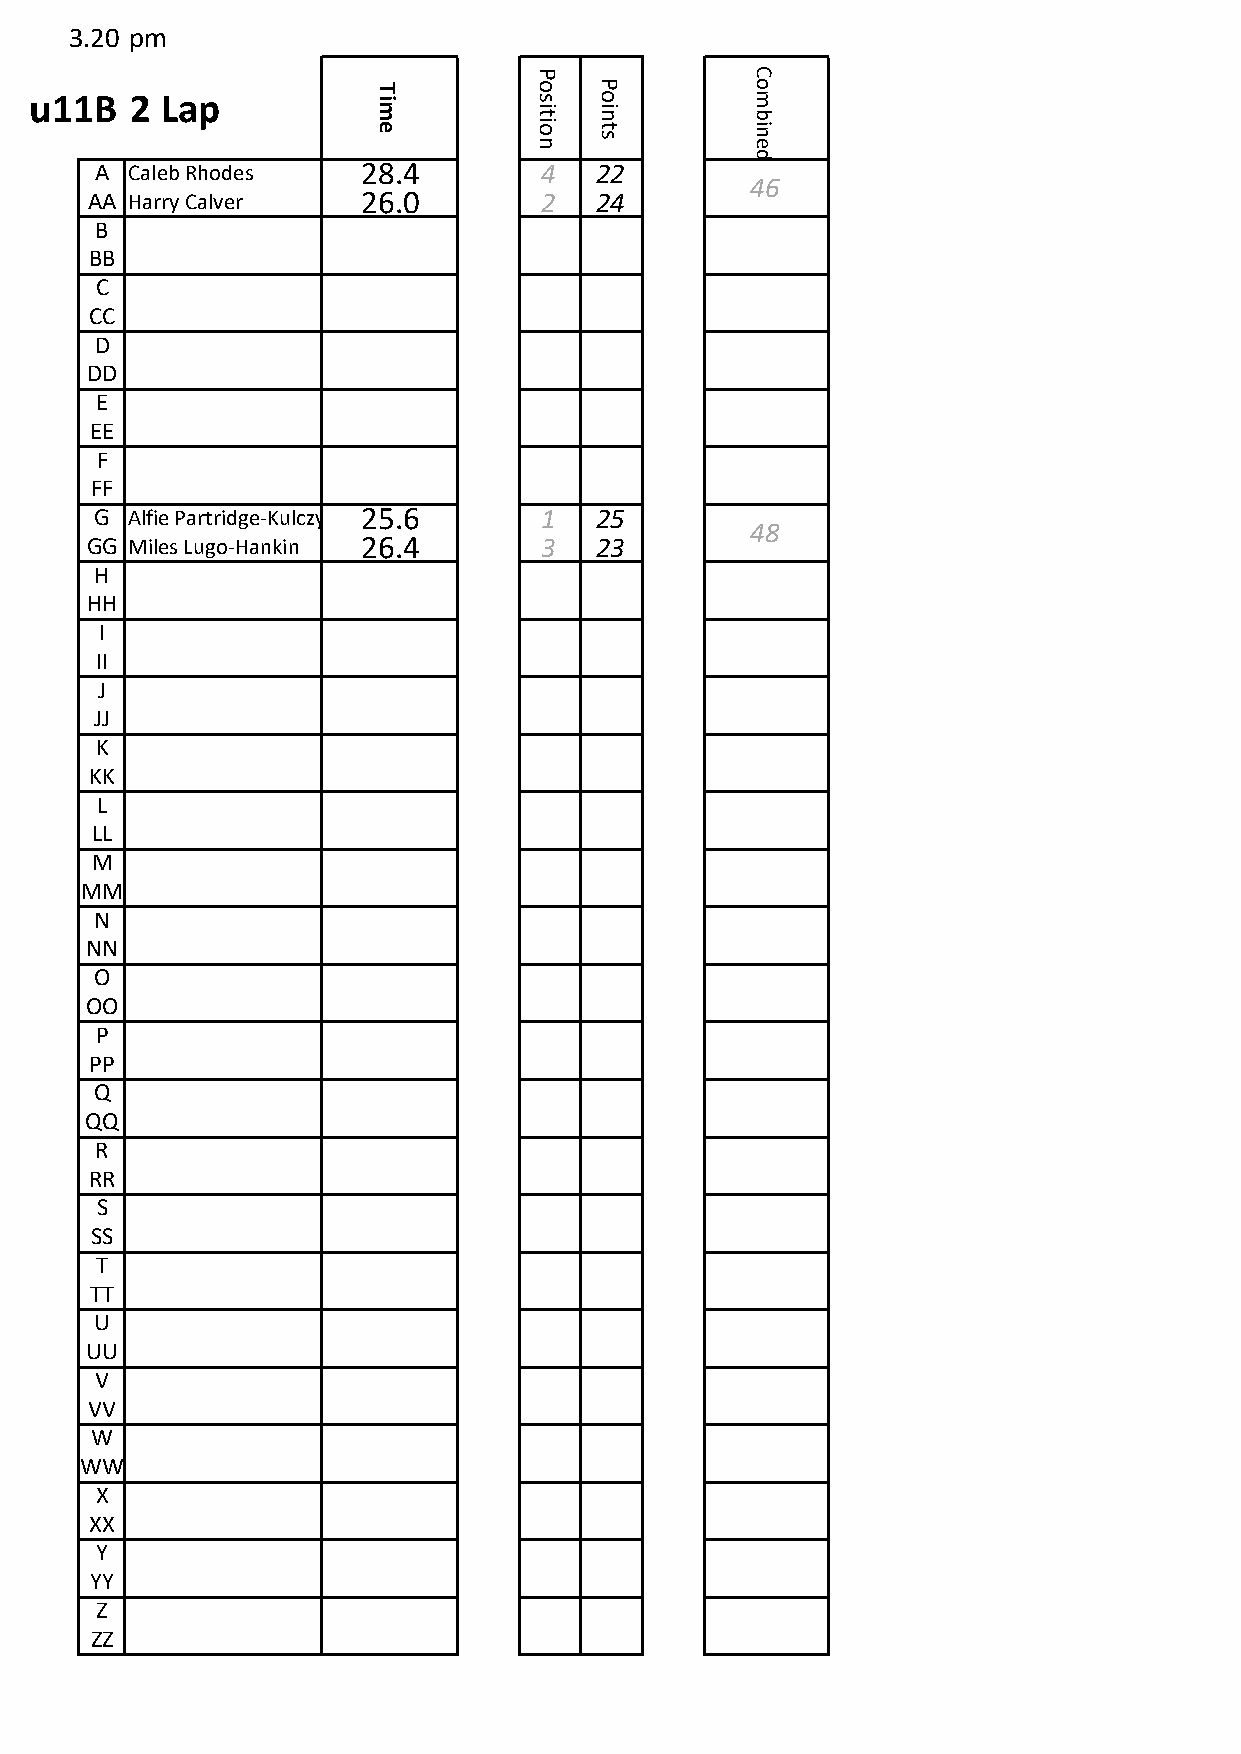
3.20 pm
 P              C
 T         o   P          o
 u11B   2 Lap           im        s
 it
 o
 in
 m
 b
 e         io  t
 s
 in
 n              e
 d
 A Caleb Rhodes    28.4        4  22
 46
 AA Harry Calver   26.0        2  24
 B
 BB
 C
 CC
 D
 DD
 E
 EE
 F
 FF
 G Alfie Partridge-Kulczynski25.6 1 25
 48
 GG Miles Lugo-Hankin 26.4     3  23
 H
 HH
 I
 II
 J
 JJ
 K
 KK
 L
 LL
 M
 MM
 N
 NN
 O
 OO
 P
 PP
 Q
 QQ
 R
 RR
 S
 SS
 T
 TT
 U
 UU
 V
 VV
 W
 WW
 X
 XX
 Y
 YY
 Z
 ZZ